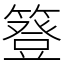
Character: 簦